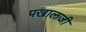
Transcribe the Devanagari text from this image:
पखालजी